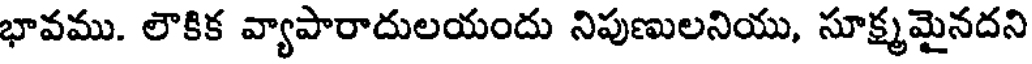
భావము. లౌకిక వ్యాపారాదులయందు నిపుణులనియు, సూక్ష్మమైనదని